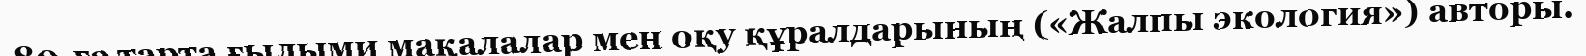
80-ге тарта ғылыми мақалалар мен оқу құралдарының («Жалпы экология») авторы.